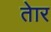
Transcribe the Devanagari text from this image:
तेार